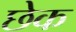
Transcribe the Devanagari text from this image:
छेक